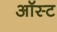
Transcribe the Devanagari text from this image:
ऑस्ट